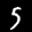
Label: 5